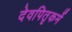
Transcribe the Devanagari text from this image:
देवपितृकर्मे